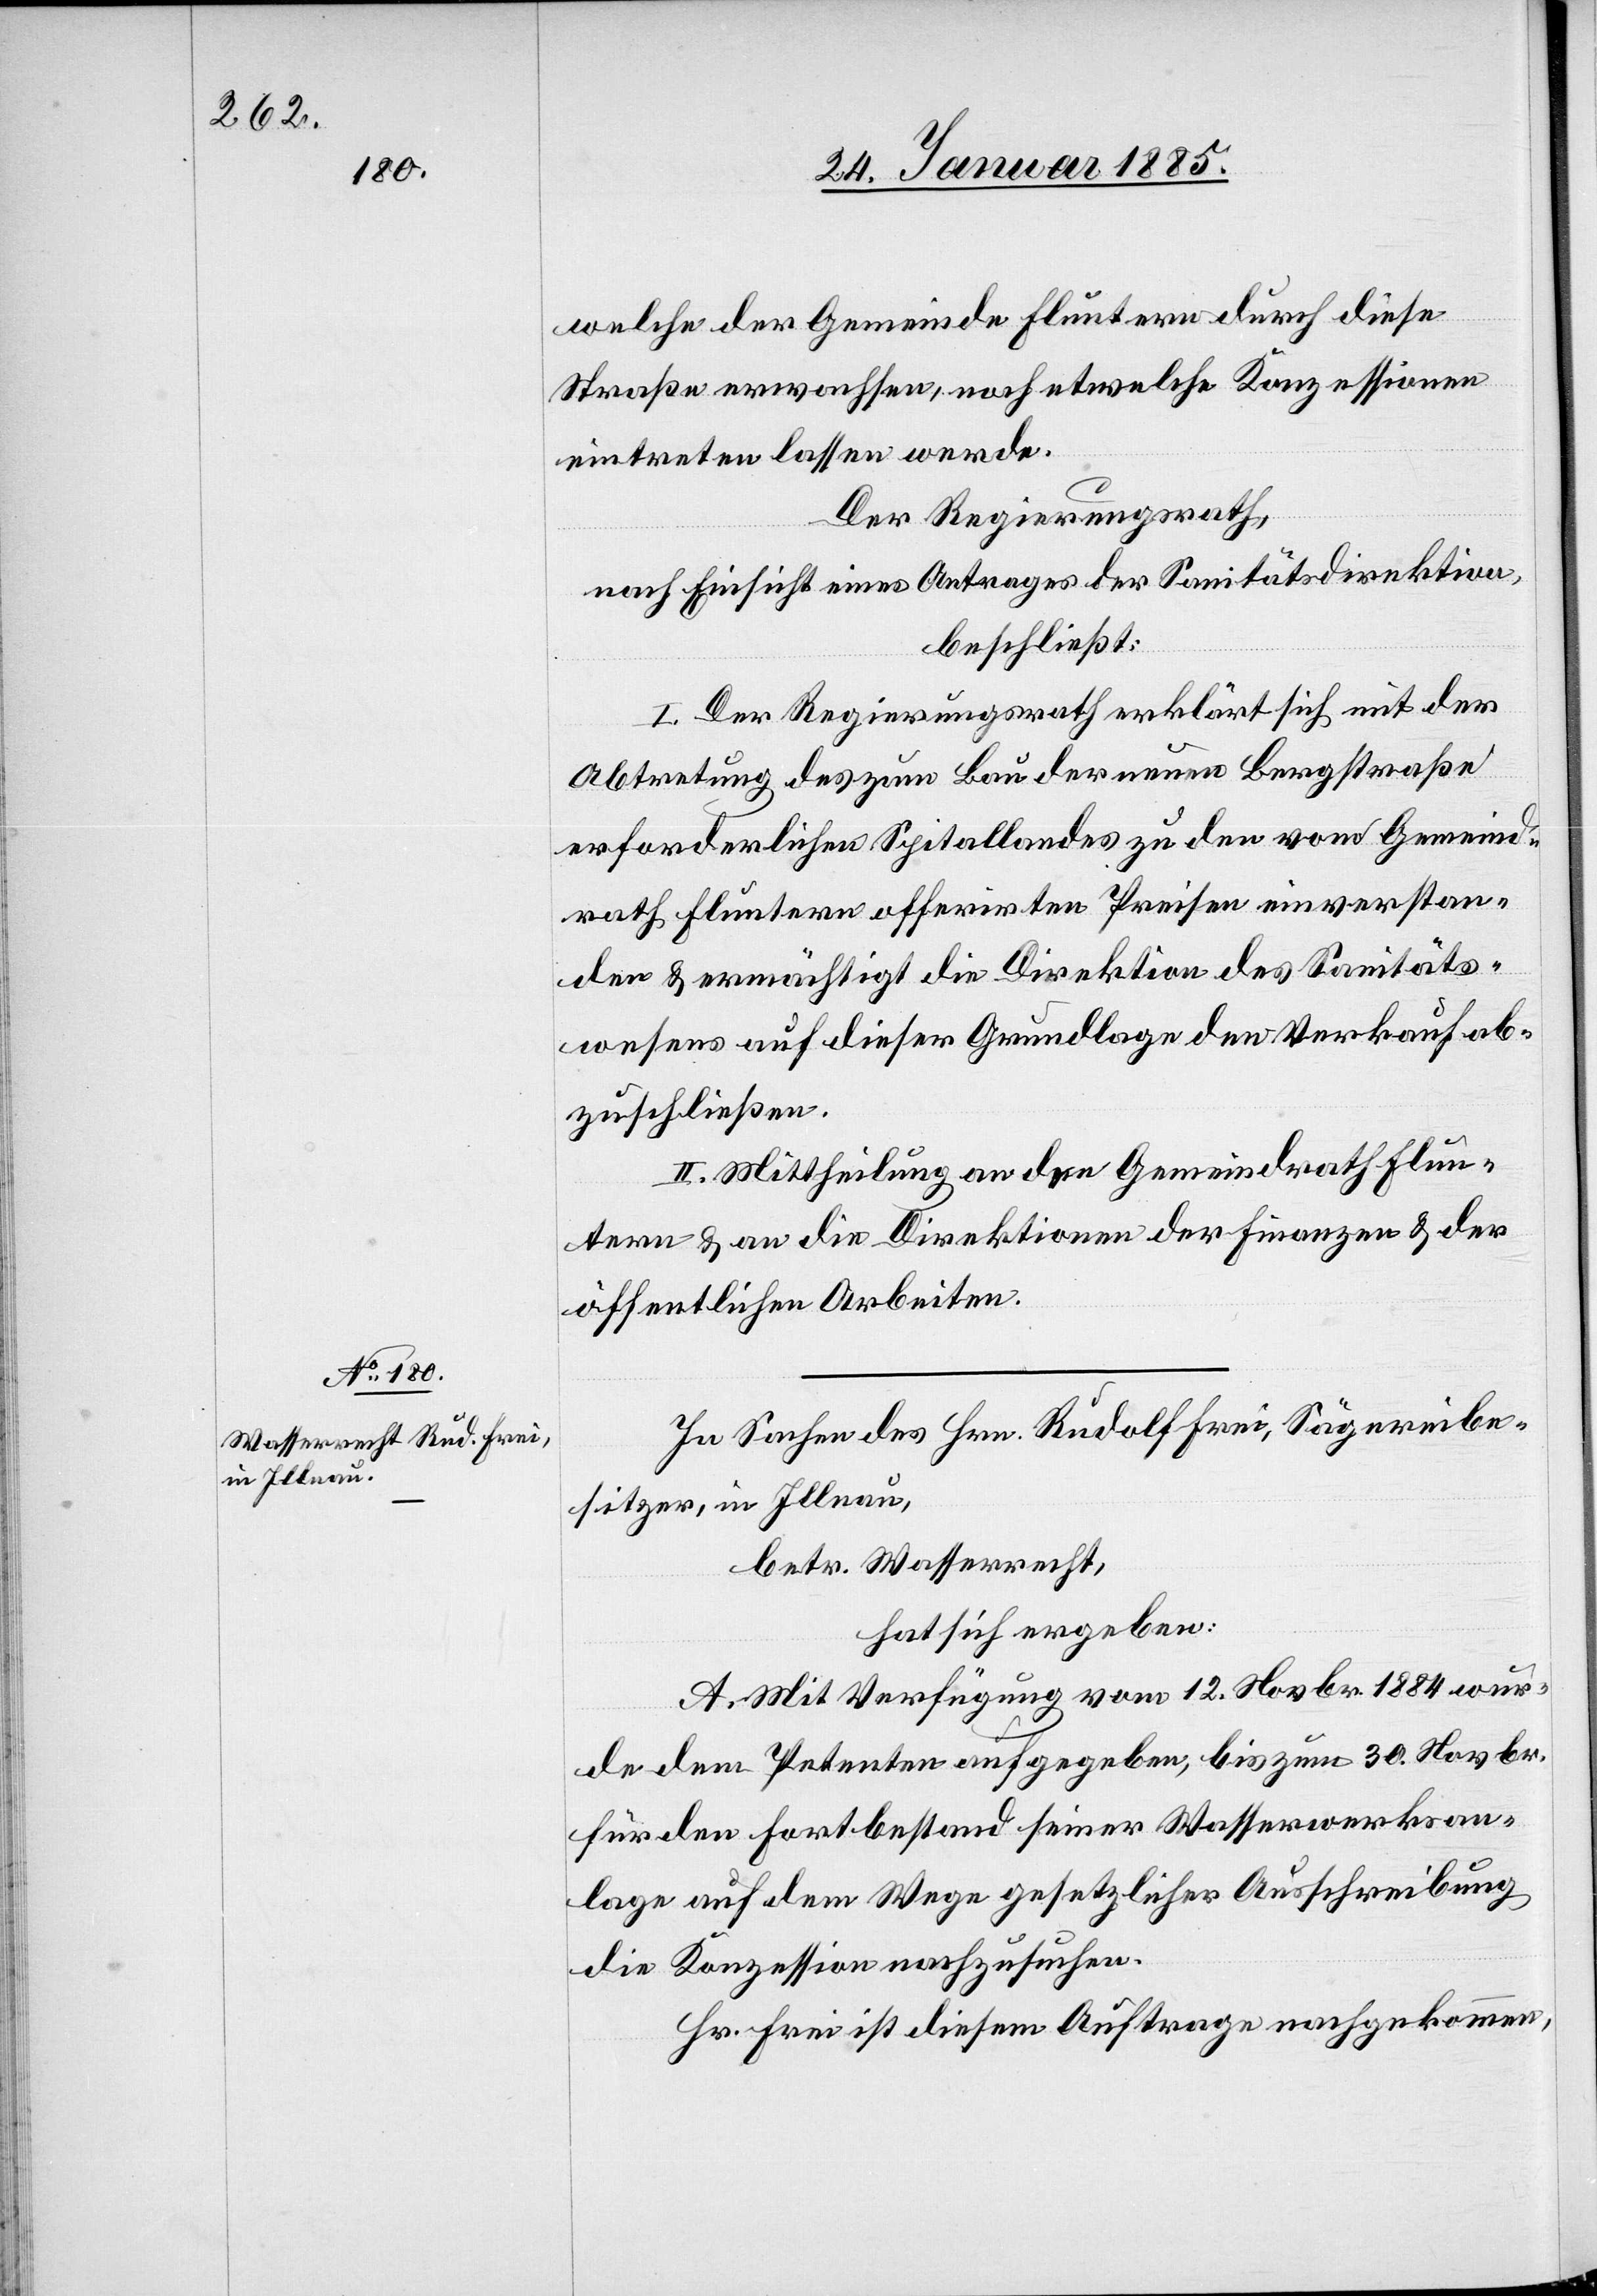
welche der Gemeinde Fluntern durch diese
Straße erwachsen, noch etwelche Konzessionen
eintreten lassen werde.
Der Regierungsrath,
nach Einsicht eines Antrages der Sanitätsdirektion,
beschließt:
I. Der Regierungsrath erklärt sich mit der
Abtretung des zum Bau der neuen Bergstraße
erforderlichen Spitallandes zu den vom Gemeind¬
rath Fluntern offerirten Preisen einverstan¬
den & ermächtigt die Direktion des Sanitäts¬
wesens auf dieser Grundlage den Verkauf ab¬
zuschließen.
II. Mittheilung an den Gemeindrath Flun¬
tern & an die Direktionen der Finanzen & der
öffentlichen Arbeiten.
In Sachen des Hrn. Rudolf Frei, Sägereibe¬
sitzer, in Illnau,
betr. Wasserrecht,
hat sich ergeben:
A. Mit Verfügung vom 12. Novbr. 1884 wur¬
de dem Petenten aufgegeben, bis zum 30. Novbr.
für den Fortbestand seiner Wasserwerksan¬
lage auf dem Wege gesetzlicher Ausschreibung
die Konzession nachzusuchen.
Hr. Frei ist diesem Auftrage nachgekommen,